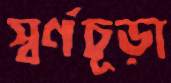
স্বর্ণচূড়া